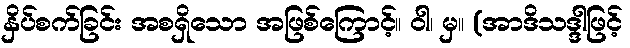
နှိပ်စက်ခြင်း အစရှိသော အဖြစ်ကြောင့်။ ဝါ၊ မှ။ (အာဒိသဒ္ဒါဖြင့်